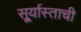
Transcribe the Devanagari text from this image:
सू्र्यास्ताची